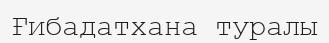
Ғибадатхана туралы